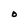
Character: O